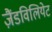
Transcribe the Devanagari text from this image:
ज़ैंडविलियेट